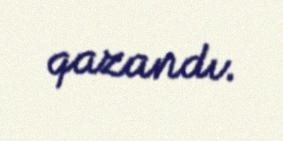
qazandı.